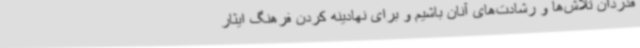
قدردان تلاش‌ها و رشادت‌های آنان باشیم و برای نهادینه کردن فرهنگ ایثار